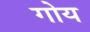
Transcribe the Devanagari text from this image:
गोय